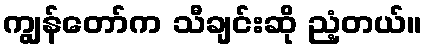
ကျွန်တော်က သီချင်းဆို ညံ့တယ်။